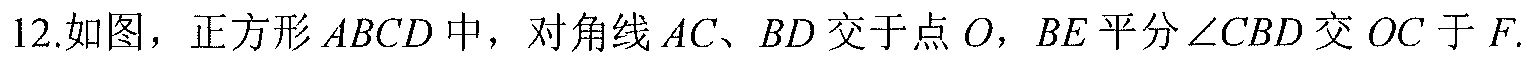
12.如图，正方形\(ABCD\)中，对角线\(AC、BD\)交于点\(O\)，\(BE\)平分\(\angle CBD\)交\(OC\)于\(F\).